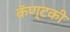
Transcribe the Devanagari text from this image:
कॅण्टकी